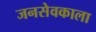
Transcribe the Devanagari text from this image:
जनसेवकाला